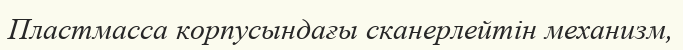
Пластмасса корпусындағы сканерлейтін механизм,